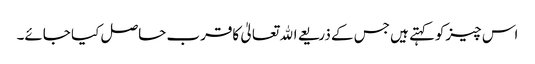
اس چیزکوکہتے ہیں جس کے ذریعے اﷲ تعالیٰ کاقرب حاصل کیا جائے۔